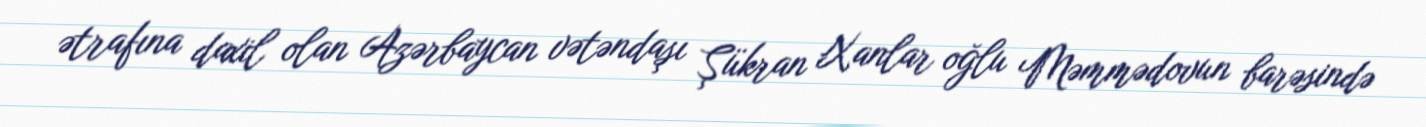
ətrafına daxil olan Azərbaycan vətəndaşı Şükran Xanlar oğlu Məmmədovun barəsində